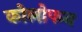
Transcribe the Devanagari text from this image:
कोलोफन